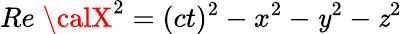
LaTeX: Re\; {\calX}^{2}=(ct)^{2}-x^{2}-\mathit{y}^{2}-\mathit{z}^{2}